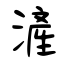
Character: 滻